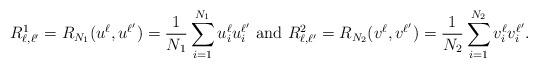
LaTeX: \begin{align*}R_{\ell,\ell'}^1&=R_{N_1}(u^{\ell},u^{\ell'})=\frac{1}{N_1}\sum_{i=1}^{N_1}u_i^\ell u_i^{\ell'}\,\,\mbox{and}\,\,R_{\ell,\ell'}^2=R_{N_2}(v^{\ell},v^{\ell'})=\frac{1}{N_2}\sum_{i=1}^{N_2}v_i^\ell v_i^{\ell'}.\end{align*}